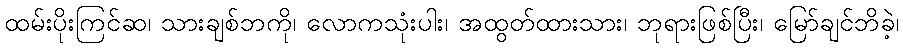
ထမ်းပိုးကြင်ဆ၊ သားချစ်ဘကို၊ လောကသုံးပါး၊ အထွတ်ထားသား၊ ဘုရားဖြစ်ပြီး၊ မြော်ချင်ဘိခဲ့၊